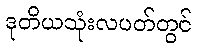
ဒုတိယသုံးလပတ်တွင်